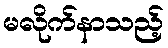
မလိုက်နာသည့်